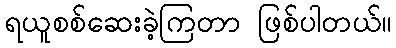
ရယူစစ်ဆေးခဲ့ကြတာ ဖြစ်ပါတယ်။